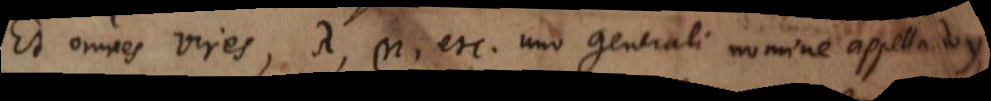
Et omnes vires, λ, μ, etc., uno generali nomine appellando y,